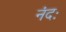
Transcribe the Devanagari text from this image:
नंदः